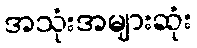
အသုံးအများဆုံး